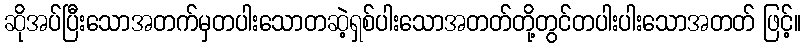
ဆိုအပ်ပြီးသောအတက်မှတပါးသောတဆဲ့ရှစ်ပါးသောအတတ်တို့တွင်တပါးပါးသောအတတ် ဖြင့်။